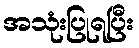
အသုံးပြုရပြီး